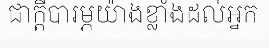
ជាក្តីបារម្ភយ៉ាងខ្លាំងដល់អ្នក